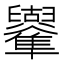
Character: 𠧑